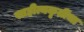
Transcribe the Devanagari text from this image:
साहीत्यकृतींचा